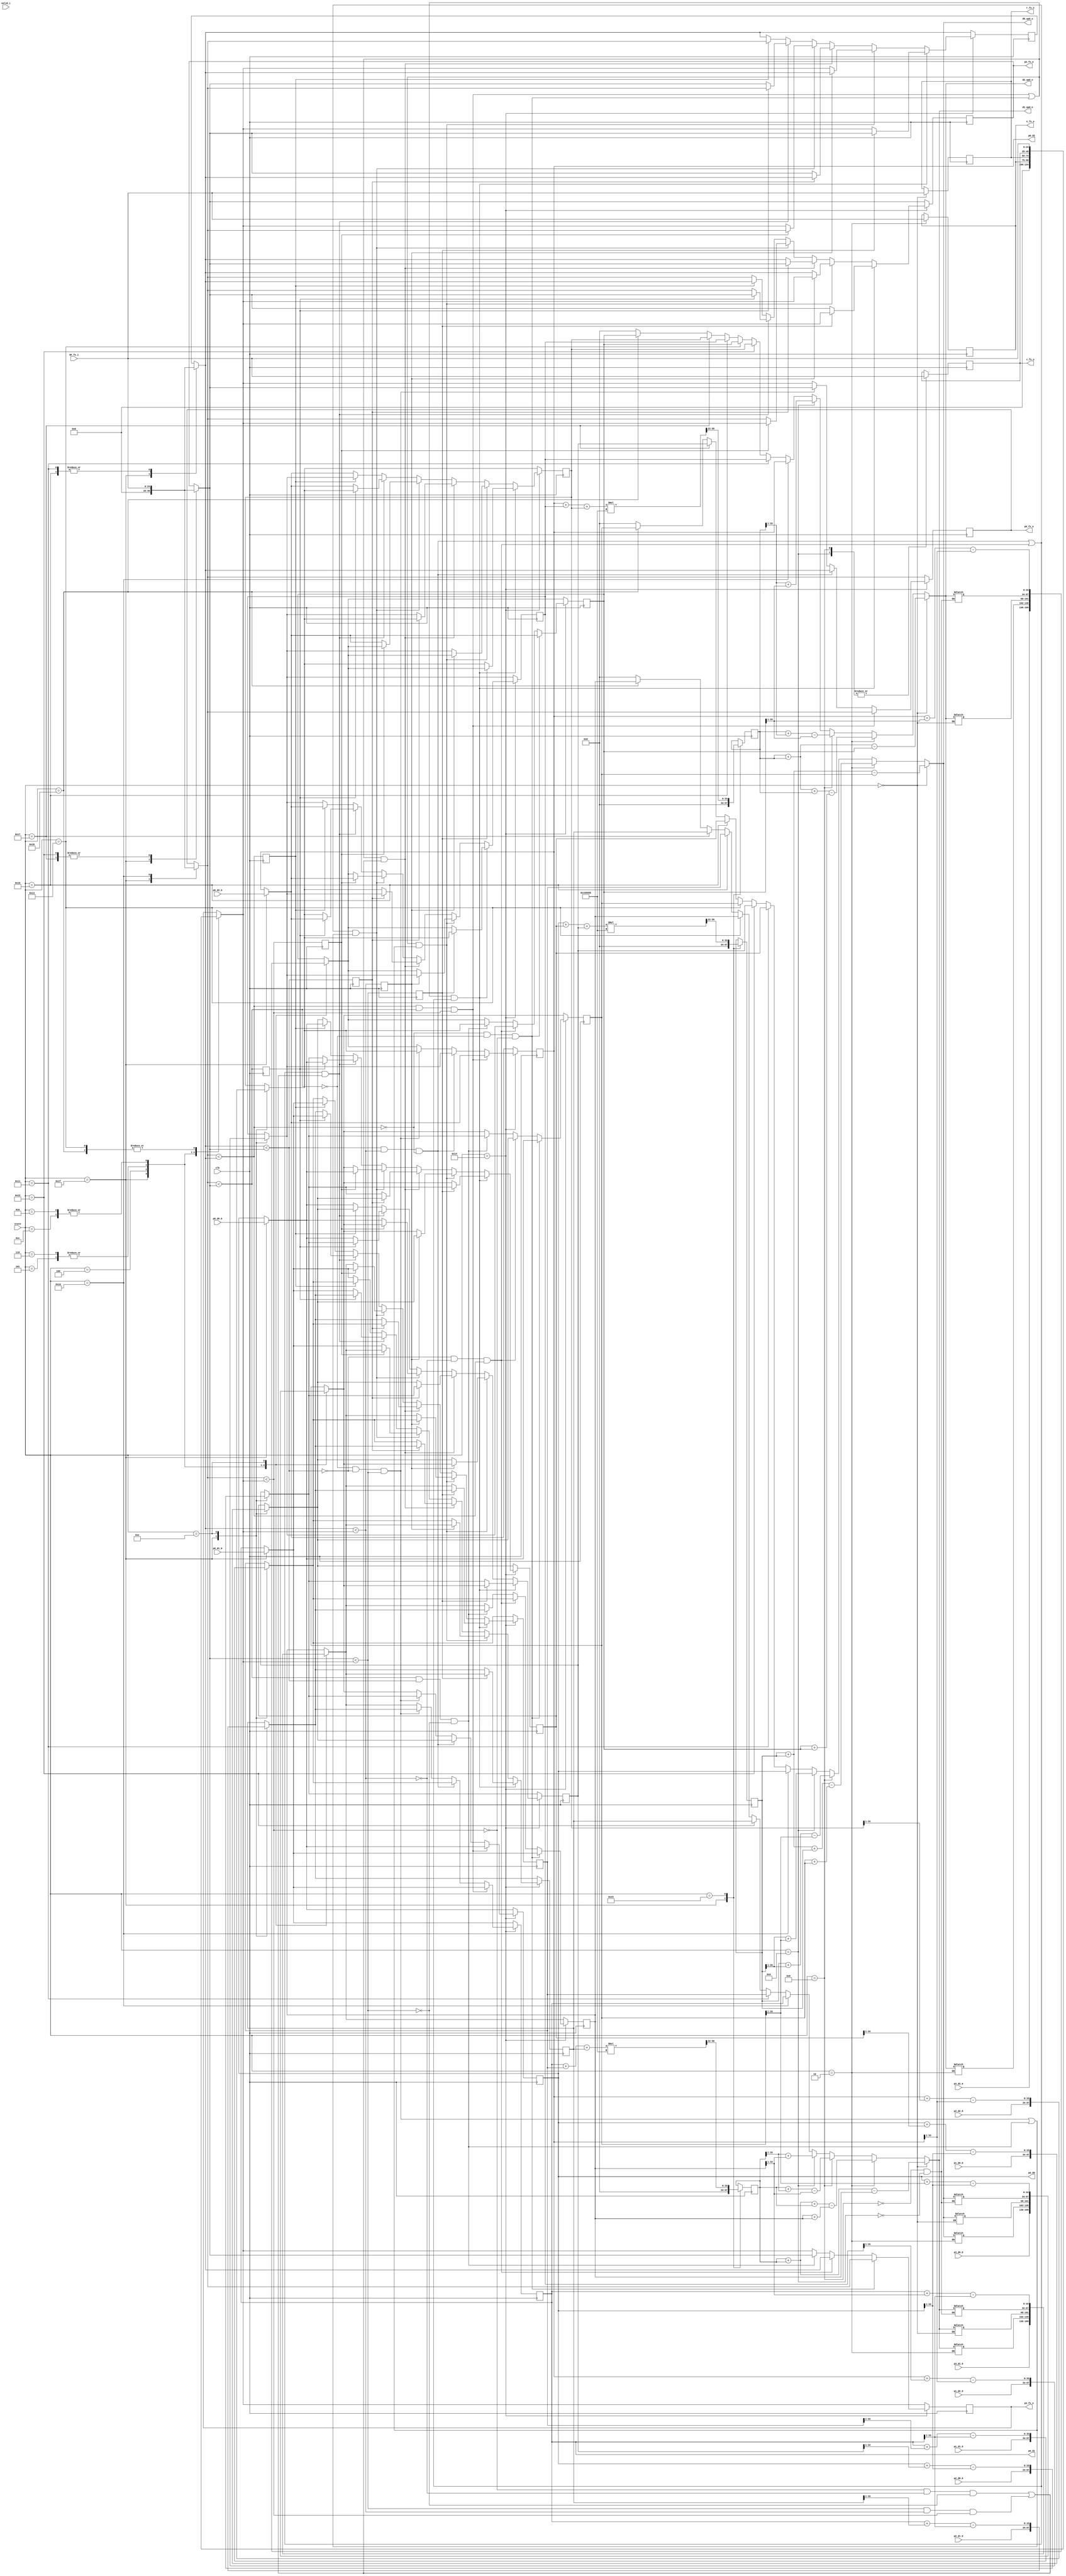
`timescale 1ns / 1ps

module machine
	#(parameter pd = 12, parameter p = 22)(
	input wire [3+p-1:0] OF_fx_i, // 3Qp
	input wire [4:0] state,
	input wire clk, valid_i,
	input wire [pd+p-1:0] p0_d0_0, p0_d1_0, p0_d2_0,
	input wire [pd+p-1:0] p1_d0_0, p1_d1_0, p1_d2_0,
	input wire [pd+p-1:0] p2_d0_0, p2_d1_0, p2_d2_0,
	input wire [pd+p-1:0] p3_d0_0, p3_d1_0, p3_d2_0,
	output wire [pd+p-1:0] d0_upd_o, d1_upd_o, d2_upd_o, // goes to OF + points (global wire) pdQp
	output reg [pd+p-1:0] p0_d0, p0_d1, p0_d2,
	output reg [p+3-1:0] r_fx_o, e_fx_o, c_fx_o, p0_fx_o, p2_fx_o, p3_fx_o // 3Qp
	);
	reg [p+3-1:0] p1_fx_o; // not actually output (makes notation less confusing)
	
	wire [pd+p-1:0] d0_upd, d1_upd, d2_upd; // updated point
	wire [pd+p-1:0] ce_d0_upd, ce_d1_upd, ce_d2_upd;
	
	// points
	reg [pd+p-1:0] r_d0, r_d1, r_d2;
	reg [pd+p-1:0] c_d0, c_d1, c_d2;
	reg [pd+p-1:0] ce_d0, ce_d1, ce_d2;
	reg [pd+p-1:0] e_d0, e_d1, e_d2;
	reg [pd+p-1:0] p1_d0, p1_d1, p1_d2;
	reg [pd+p-1:0] p2_d0, p2_d1, p2_d2;
	reg [pd+p-1:0] p3_d0, p3_d1, p3_d2;	
	
	wire [pd+p-1:0] p1_d0_shrunk, p1_d1_shrunk, p1_d2_shrunk;
	wire [pd+p-1:0] p2_d0_shrunk, p2_d1_shrunk, p2_d2_shrunk;
	wire [pd+p-1:0] p3_d0_shrunk, p3_d1_shrunk, p3_d2_shrunk;	
	
	assign gnd = {34{1'b0}};
	
	initial begin
		p0_fx_o = gnd;
		p1_fx_o = gnd;
		p2_fx_o = gnd;
		p3_fx_o = gnd;
		
		// values of initial centroid is set at state 10101 
		ce_d0 = gnd; // 0.0 
		ce_d1 = gnd; // 0.0
		ce_d2 = gnd; // 0.0
	end
	/*
	integer f;
	reg [15:0] cntr = 16'b0;
	initial begin
		f = $fopen("state_debug_v1_0.txt","w");
	end
	
	always @(posedge clk) begin
		cntr = cntr + 1;
		if (cntr == 16'b11111111_11111111)
			$fclose(f);
	end
	
	always @(state) begin
		$fwrite(f, "state: %b \n", state);
		$fwrite(f, "clk cntr: %b \n\n", cntr);
	end
	
	integer f;
	reg [15:0] cntr = 16'b0;
	initial begin
		f = $fopen("display_output_machine_v2_0.txt","w");
	end
	
	always @(posedge clk) begin
		$fwrite(f, "state: %b\n", state);
		$fwrite(f, "OF_fx_i: %b \n", OF_fx_i);
		$fwrite(f, "p_r, x: [%b, %b, %b], fx %b \n", r_d0, r_d1, r_d2, r_fx_o);
		$fwrite(f, "p_e, x: [%b, %b, %b], fx %b \n", e_d0, e_d1, e_d2, e_fx_o);
		$fwrite(f, "p_c, x: [%b, %b, %b], fx %b \n", c_d0, c_d1, c_d2, c_fx_o);
		$fwrite(f, "p_ce, x: [%b, %b, %b], fx None \n", ce_d0, ce_d1, ce_d2);
		$fwrite(f, "p0, x: [%b, %b, %b], fx %b \n", p0_d0, p0_d1, p0_d2, p0_fx_o);
		$fwrite(f, "p1, x: [%b, %b, %b], fx %b \n", p1_d0, p1_d1, p1_d2, p1_fx_o);
		$fwrite(f, "p2, x: [%b, %b, %b], fx %b \n", p2_d0, p2_d1, p2_d2, p2_fx_o);
		$fwrite(f, "p3, x: [%b, %b, %b], fx %b \n", p3_d0, p3_d1, p3_d2, p3_fx_o);
		
		case(state)
			5'b10000 : $fwrite(f, "state: %b, after valid, assign initial guess, cost(p0). Next 10001 \n", state);
			5'b10001 : $fwrite(f, "state: %b, cost(p1). Next 10010 \n", state);
			5'b10010 : $fwrite(f, "state: %b, cost(p2). Next 10011 \n", state);
			5'b10011 : $fwrite(f, "state: %b, cost(p3). Next 10100 \n", state);
			5'b10100 : $fwrite(f, "state: %b, sort simplex. Next 10101 \n", state);
			5'b10101 : $fwrite(f, "state: %b, set initial centroid. Next 00000 \n", state);
			5'b00000 : $fwrite(f, "state: %b, upd(r) + cost(r) + assign. Next r_fx < p0_fx ? 00010 : 00011 \n", state);
			5'b00010 : $fwrite(f, "state: %b, upd(e) + cost(e) + assign. Next e_fx < r_fx ? 00100 : 00101 \n", state);
			5'b00011 : $fwrite(f, "state: %b, Next r_fx < p2_fx ? 00110 : 00111 \n", state);
			5'b00100 : $fwrite(f, "state: %b, expand copy(e, p3). Next 01101 \n", state);
			5'b00101 : $fwrite(f, "state: %b, reflect 1 copy(r, p3). Next 01101 \n", state);
			5'b00110 : $fwrite(f, "state: %b, reflect 2 copy(r, p3). Next 01101 \n", state);
			5'b00111 : $fwrite(f, "state: %b, Next r_fx < p3_fx ? 01000 : 01001 \n", state);
			5'b01000 : $fwrite(f, "state: %b, upd_1(c) + cost(c) + assign. Next c_fx <= r_fx ? 01010 : 01110 \n", state);
			5'b01001 : $fwrite(f, "state: %b, upd_2(c) + cost(c) + assign. Next c_fx <= p3_fx ? 01100 : 01110 \n", state);
			5'b01010 : $fwrite(f, "state: %b, contract outside copy(c, p3). Next 01101 \n", state);
			5'b01100 : $fwrite(f, "state: %b, contract inside copy(c, p3). Next 01101 \n", state);
			5'b01110 : $fwrite(f, "state: %b, break out completely, valid = 1, shrink. Next 10000 \n", state);
			5'b01101 : $fwrite(f, "state: %b, sort simplex + transform done. Next 01111 \n", state);
		endcase
		
		$fwrite(f, "clk cycle %b \n\n", cntr);
		cntr = cntr + 1;
	end
	
	always @(cntr) begin
		//$display("cntr: %b", cntr);
		if (cntr == 16'b11111111_11111111)
			$fclose(f);
			//cntr <= 8'b0;
	end
	*/
	
	always @(*) begin
		case(state)
			5'b00000 : begin
				r_d0 <= d0_upd;
				r_d1 <= d1_upd;
				r_d2 <= d2_upd;
			end
			5'b00010 : begin
				e_d0 <= d0_upd;
				e_d1 <= d1_upd;
				e_d2 <= d2_upd;
			end
			5'b01000 : begin
				c_d0 <= d0_upd;
				c_d1 <= d1_upd;
				c_d2 <= d2_upd;
			end
			5'b01001 : begin
				c_d0 <= d0_upd;
				c_d1 <= d1_upd;
				c_d2 <= d2_upd;
			end
		endcase
	end
	
	reg c0, c1, c2, c3, c4, c5, c0_min, c1_min, c2_min, c3_min, c0_max, c1_max, c2_max, c3_max;
	
	always @(posedge clk) begin
		case(state)
			// set new initial simplex and clear values
			// other points don't need to be reset(reset on valid_i) since update() only depends on centroid and simplex
			5'b11111 : begin
				p0_d0 = p0_d0_0[34-1:(34-12)-p];
				p0_d1 = p0_d1_0[34-1:(34-12)-p];
				p0_d2 = p0_d2_0[34-1:(34-12)-p];
				p0_fx_o = gnd;

				p1_d0 = p1_d0_0[34-1:(34-12)-p];
				p1_d1 = p1_d1_0[34-1:(34-12)-p];
				p1_d2 = p1_d2_0[34-1:(34-12)-p];
				p1_fx_o = gnd;

				p2_d0 = p2_d0_0[34-1:(34-12)-p];
				p2_d1 = p2_d1_0[34-1:(34-12)-p];
				p2_d2 = p2_d2_0[34-1:(34-12)-p];
				p2_fx_o = gnd;

				p3_d0 = p3_d0_0[34-1:(34-12)-p];
				p3_d1 = p3_d1_0[34-1:(34-12)-p];
				p3_d2 = p3_d2_0[34-1:(34-12)-p];
				p3_fx_o = gnd;
				
				// centroid updated at state 10101
				ce_d0 = gnd;
				ce_d1 = gnd;
				ce_d2 = gnd;
			end
			5'b10101 : begin // update centroid after simplex sort
				ce_d0 <= ce_d0_upd;
				ce_d1 <= ce_d1_upd;
				ce_d2 <= ce_d2_upd;
			end
			5'b00100 : begin // copy operations
				p3_d0 = e_d0;
				p3_d1 = e_d1;
				p3_d2 = e_d2;
				p3_fx_o = e_fx_o;
			end
			5'b00101 : begin
				p3_d0 = r_d0;
				p3_d1 = r_d1;
				p3_d2 = r_d2;
				p3_fx_o = r_fx_o;
			end
			5'b00110 : begin
				p3_d0 = r_d0;
				p3_d1 = r_d1;
				p3_d2 = r_d2;
				p3_fx_o = r_fx_o;
			end
			5'b01100 : begin
				p3_d0 = c_d0;
				p3_d1 = c_d1;
				p3_d2 = c_d2;
				p3_fx_o = c_fx_o;
			end
			5'b01010 : begin
				p3_d0 = c_d0;
				p3_d1 = c_d1;
				p3_d2 = c_d2;
				p3_fx_o = c_fx_o;
			end // set shrunk points
			5'b01110 : begin
				p1_d0 = p1_d0_shrunk;
				p1_d1 = p1_d1_shrunk;
				p1_d2 = p1_d2_shrunk;
				
				p2_d0 = p2_d0_shrunk;
				p2_d1 = p2_d1_shrunk;
				p2_d2 = p2_d2_shrunk;
				
				p3_d0 = p3_d0_shrunk;
				p3_d1 = p3_d1_shrunk;
				p3_d2 = p3_d2_shrunk;
			end
			5'b01001 : c_fx_o = OF_fx_i; 
			5'b10000 : p0_fx_o = OF_fx_i;
			5'b10001 : p1_fx_o = OF_fx_i;
			5'b10010 : p2_fx_o = OF_fx_i;
			5'b10011 : p3_fx_o = OF_fx_i;
			5'b00000 : r_fx_o = OF_fx_i;
			5'b00010 : e_fx_o = OF_fx_i;
			5'b01000 : c_fx_o = OF_fx_i;
			5'b10110 : p1_fx_o = OF_fx_i;
			5'b10111 : p2_fx_o = OF_fx_i;
			5'b11000 : p3_fx_o = OF_fx_i;
		endcase
		
		c0 <= p0_fx_o < p1_fx_o;
		c1 <= p0_fx_o < p2_fx_o;
		c2 <= p0_fx_o < p3_fx_o;
		c3 <= p1_fx_o < p2_fx_o;
		c4 <= p1_fx_o < p3_fx_o;
		c5 <= p2_fx_o < p3_fx_o;
		c0_min = (p0_fx_o < p1_fx_o) & (p0_fx_o < p2_fx_o) & (p0_fx_o < p3_fx_o);
		c1_min = (p1_fx_o < p2_fx_o) & (p1_fx_o < p3_fx_o) & ~(p0_fx_o < p1_fx_o);
		c2_min = ~(p0_fx_o < p2_fx_o) & ~(p1_fx_o < p2_fx_o) & (p2_fx_o < p3_fx_o);
		c3_min = ~(p0_fx_o < p3_fx_o) & ~(p1_fx_o < p3_fx_o) & ~(p2_fx_o < p3_fx_o);
		c0_max = ~(p0_fx_o < p1_fx_o) & ~(p0_fx_o < p2_fx_o) & ~(p0_fx_o < p3_fx_o);
		c1_max = ~(p1_fx_o < p2_fx_o) & ~(p1_fx_o < p3_fx_o) & (p0_fx_o < p1_fx_o);
		c2_max = (p0_fx_o < p2_fx_o) & (p1_fx_o < p2_fx_o) & ~(p2_fx_o < p3_fx_o);
		c3_max = (p2_fx_o < p3_fx_o) & (p1_fx_o < p3_fx_o) & (p0_fx_o < p3_fx_o);
		
		// Sorts simplex. Refer to python script (sort_test.py)
		if (state == 5'b10100) begin // or swap state... TODO simplify if else with tt expr
			// set first spot, smallest value
			if (c0_min) begin // TODO add coords too.. done
				p0_fx_o <= p0_fx_o;
				p0_d0 <= p0_d0;
				p0_d1 <= p0_d1;
				p0_d2 <= p0_d2;
			end else if (c1_min) begin
				p0_fx_o <= p1_fx_o;
				p0_d0 <= p1_d0;
				p0_d1 <= p1_d1;
				p0_d2 <= p1_d2;
			end else if (c2_min) begin
				p0_fx_o <= p2_fx_o;
				p0_d0 <= p2_d0;
				p0_d1 <= p2_d1;
				p0_d2 <= p2_d2;
			end else begin // (c3_min):
				p0_fx_o <= p3_fx_o;
				p0_d0 <= p3_d0;
				p0_d1 <= p3_d1;
				p0_d2 <= p3_d2;
			end
				
			// set last spot, largest value
			if (c0_max) begin
				p3_fx_o <= p0_fx_o;
				p3_d0 <= p0_d0;
				p3_d1 <= p0_d1;
				p3_d2 <= p0_d2;
			end else if (c1_max) begin
				p3_fx_o <= p1_fx_o;
				p3_d0 <= p1_d0;
				p3_d1 <= p1_d1;
				p3_d2 <= p1_d2;
			end else if (c2_max) begin
				p3_fx_o <= p2_fx_o;
				p3_d0 <= p2_d0;
				p3_d1 <= p2_d1;
				p3_d2 <= p2_d2;
			end else begin // (c3_max)
				p3_fx_o <= p3_fx_o;
				p3_d0 <= p3_d0;
				p3_d1 <= p3_d1;
				p3_d2 <= p3_d2;
			end
			
			// set p1_fx_o, p2_fx_o; middle spots
			// case where p0_fx_o and p1_fx_o are already placed
			if ((c0_min | c0_max) & (c1_min | c1_max)) begin  
				if ((c5)) begin
					p1_fx_o <= p2_fx_o;
					p1_d0 <= p2_d0;
					p1_d1 <= p2_d1;
					p1_d2 <= p2_d2;
					p2_fx_o <= p3_fx_o;
					p2_d0 <= p3_d0;
					p2_d1 <= p3_d1;
					p2_d2 <= p3_d2;
				end else begin
					p1_fx_o <= p3_fx_o;
					p1_d0 <= p3_d0;
					p1_d1 <= p3_d1;
					p1_d2 <= p3_d2;
					p2_fx_o <= p2_fx_o;
					p2_d0 <= p2_d0;
					p2_d1 <= p2_d1;
					p2_d2 <= p2_d2;
				end
			// case where p0_fx_o and p2_fx_o are already placed
			end else if ((c0_min | c0_max) & (c2_min | c2_max)) begin  
				if (c4) begin
					p1_fx_o <= p1_fx_o;
					p1_d0 <= p1_d0;
					p1_d1 <= p1_d1;
					p1_d2 <= p1_d2;
					p2_fx_o <= p3_fx_o;
					p2_d0 <= p3_d0;
					p2_d1 <= p3_d1;
					p2_d2 <= p3_d2;
				end else begin
					p1_fx_o <= p3_fx_o;
					p1_d0 <= p3_d0;
					p1_d1 <= p3_d1;
					p1_d2 <= p3_d2;
					p2_fx_o <= p1_fx_o;
					p2_d0 <= p1_d0;
					p2_d1 <= p1_d1;
					p2_d2 <= p1_d2;
				end
			// case where p1_fx_o and p2_fx_o are already placed
			end else if ((c0_min | c0_max) & (c3_min | c3_max)) begin  
				if (c3) begin
					p1_fx_o <= p1_fx_o;
					p1_d0 <= p1_d0;
					p1_d1 <= p1_d1;
					p1_d2 <= p1_d2;
					p2_fx_o <= p2_fx_o;
					p2_d0 <= p2_d0;
					p2_d1 <= p2_d1;
					p2_d2 <= p2_d2;
				end else begin
					p1_fx_o <= p2_fx_o;
					p1_d0 <= p2_d0;
					p1_d1 <= p2_d1;
					p1_d2 <= p2_d2;
					p2_fx_o <= p1_fx_o;
					p2_d0 <= p1_d0;
					p2_d1 <= p1_d1;
					p2_d2 <= p1_d2;
				end 
			// case where p1_fx_o and p2_fx_o are already placed;
			end else if ((c1_min | c1_max) & (c2_min | c2_max)) begin  
				if (c2) begin
					p1_fx_o <= p0_fx_o;
					p1_d0 <= p0_d0;
					p1_d1 <= p0_d1;
					p1_d2 <= p0_d2;
					p2_fx_o <= p3_fx_o;
					p2_d0 <= p3_d0;
					p2_d1 <= p3_d1;
					p2_d2 <= p3_d2;
				end else begin
					p1_fx_o <= p3_fx_o;
					p1_d0 <= p3_d0;
					p1_d1 <= p3_d1;
					p1_d2 <= p3_d2;
					p2_fx_o <= p0_fx_o;
					p2_d0 <= p0_d0;
					p2_d1 <= p0_d1;
					p2_d2 <= p0_d2;
				end
			// case where p1_fx_o and p3_fx_o are already placed
			end else if ((c1_min | c1_max) & (c3_min | c3_max)) begin  
				if (c1) begin
					p1_fx_o <= p0_fx_o;
					p1_d0 <= p0_d0;
					p1_d1 <= p0_d1;
					p1_d2 <= p0_d2;
					p2_fx_o <= p2_fx_o;
					p2_d0 <= p2_d0;
					p2_d1 <= p2_d1;
					p2_d2 <= p2_d2;
				end else begin
					p1_fx_o <= p2_fx_o;
					p1_d0 <= p2_d0;
					p1_d1 <= p2_d1;
					p1_d2 <= p2_d2;
					p2_fx_o <= p0_fx_o;
					p2_d0 <= p0_d0;
					p2_d1 <= p0_d1;
					p2_d2 <= p0_d2;
				end
			// (c2_min or c2_max) and (c3_min or c3_max):  # case where  p2_fx_o and p3_fx_o are already placed
			end else begin
				if (c0) begin
					p1_fx_o <= p0_fx_o;
					p1_d0 <= p0_d0;
					p1_d1 <= p0_d1;
					p1_d2 <= p0_d2;
					p2_fx_o <= p1_fx_o;
					p2_d0 <= p1_d0;
					p2_d1 <= p1_d1;
					p2_d2 <= p1_d2;
				end else begin
					p1_fx_o <= p1_fx_o;
					p1_d0 <= p1_d0;
					p1_d1 <= p1_d1;
					p1_d2 <= p1_d2;
					p2_fx_o <= p0_fx_o;
					p2_d0 <= p0_d0;
					p2_d1 <= p0_d1;
					p2_d2 <= p0_d2;
				end
			end
		end else begin
			p0_d0 = p0_d0;
			p0_d1 = p0_d1;
			p0_d2 = p0_d2;
			p0_fx_o = p0_fx_o;

			p1_d0 = p1_d0;
			p1_d1 = p1_d1;
			p1_d2 = p1_d2;
			p1_fx_o = p1_fx_o;

			p2_d0 = p2_d0;
			p2_d1 = p2_d1;
			p2_d2 = p2_d2;
			p2_fx_o = p2_fx_o;
			
			p3_d0 = p3_d0;
			p3_d1 = p3_d1;
			p3_d2 = p3_d2;
			p3_fx_o = p3_fx_o;
			
			ce_d0 = ce_d0;
			ce_d1 = ce_d1;
			ce_d2 = ce_d2;
		end
	end

    // upd_pnt: (1+lambda)*ce - lambda*p3
	// TODO fix states done v1
	assign d0_upd = (state == 5'b00000) ? (ce_d0 + ce_d0) - p3_d0 : // updated r , (1+1)*ce - 1*p3 (lambda=1)
					(state == 5'b00010) ? (ce_d0 + ce_d0 + ce_d0) - (p3_d0 + p3_d0) : // updated e (1+2)*ce - 2*p3 (lambda=2)
					(state == 5'b01000) ? ce_d0 + (ce_d0 >> 1) - (p3_d0 >> 1) : // updated c 1 (1+0.5)*ce - 0.5*p3 (lambda=0.5)
					(state == 5'b01001) ? (ce_d0 >> 1) + (p3_d0 >> 1) : // updated c 2 (1-0.5)*ce + 0.5*p3 (lambda=-0.5)
					(state == 5'b10000) ? p0_d0 :
					(state == 5'b10001) ? p1_d0 :
					(state == 5'b10010) ? p2_d0 :
					(state == 5'b10011) ? p3_d0 :
					(state == 5'b10110) ? p1_d0 :
					(state == 5'b10111) ? p2_d0 :
					(state == 5'b11000) ? p3_d0 :
					{pd+p{1'b0}};
	assign d1_upd = (state == 5'b00000) ? (ce_d1 + ce_d1) - p3_d1 : // updated r
					(state == 5'b00010) ? (ce_d1 + ce_d1 + ce_d1) - (p3_d1 + p3_d1) : // updated e
					(state == 5'b01000) ? ce_d1 + (ce_d1 >> 1) - (p3_d1 >> 1) : // updated c 1
					(state == 5'b01001) ? (ce_d1 >> 1) + (p3_d1 >> 1) : // updated c 2
					(state == 5'b10000) ? p0_d1 :
					(state == 5'b10001) ? p1_d1 :
					(state == 5'b10010) ? p2_d1 :
					(state == 5'b10011) ? p3_d1 :
					(state == 5'b10110) ? p1_d1 :
					(state == 5'b10111) ? p2_d1 :
					(state == 5'b11000) ? p3_d1 :
					{pd+p{1'b0}};
	assign d2_upd = (state == 5'b00000) ? (ce_d2 + ce_d2) - p3_d2 : // updated r
					(state == 5'b00010) ? (ce_d2 + ce_d2 + ce_d2) - (p3_d2 + p3_d2) : // updated e
					(state == 5'b01000) ? ce_d2 + (ce_d2 >> 1) - (p3_d2 >> 1) : // updated c 1
					(state == 5'b01001) ? (ce_d2 >> 1) + (p3_d2 >> 1) : // updated c 2
					(state == 5'b10000) ? p0_d2 :
					(state == 5'b10001) ? p1_d2 :
					(state == 5'b10010) ? p2_d2 :
					(state == 5'b10011) ? p3_d2 :
					(state == 5'b10110) ? p1_d2 :
					(state == 5'b10111) ? p2_d2 :
					(state == 5'b11000) ? p3_d2 :
					{pd+p{1'b0}};
	
    assign d0_upd_o = d0_upd; // TODO fix/check lengths this needs two steps. Done v1
    assign d1_upd_o = d1_upd;
    assign d2_upd_o = d2_upd;
	
	// centroid update
	wire [22-1:0] recip_3;
	assign recip_3 = 22'b0101010101010101010101; // 1/3 0Q22
	
	wire [p-1:0] recip_3_p;
	assign recip_3_p = recip_3[22-1:22-p];
	
	wire [pd+p+2-1:0] d0_sum, d1_sum, d2_sum; // sum of d0 + d1 + d2  (pd+2)Qp, 2 additions
	
	wire [pd+p+2+p-1:0] m0_tmp, m1_tmp, m2_tmp; // d0_sum * recip_3_p
		
	assign d0_sum = (p0_d0 + p1_d0 + p2_d0);
	assign d1_sum = (p0_d1 + p1_d1 + p2_d1);
	assign d2_sum = (p0_d2 + p1_d2 + p2_d2);
	
	assign m0_tmp = d0_sum * recip_3_p; // pd+2Q(2*p)
	assign m1_tmp = d1_sum * recip_3_p;
	assign m2_tmp = d2_sum * recip_3_p;
	
	assign ce_d0_upd = m0_tmp[pd+p+p:p]; // TODO might be wrong v1 should be 12Q17 out. Seems OK. Done
	assign ce_d1_upd = m1_tmp[pd+p+p:p];
	assign ce_d2_upd = m2_tmp[pd+p+p:p];
	
	// shrunk simplex
	assign p1_d0_shrunk = p0_d0 + (p1_d0 >> 1) - (p0_d0 >> 1);
	assign p1_d1_shrunk = p0_d1 + (p1_d1 >> 1) - (p0_d1 >> 1);
	assign p1_d2_shrunk = p0_d2 + (p1_d2 >> 1) - (p0_d2 >> 1);
	
	assign p2_d0_shrunk = p0_d0 + (p2_d0 >> 1) - (p0_d0 >> 1);
	assign p2_d1_shrunk = p0_d1 + (p2_d1 >> 1) - (p0_d1 >> 1);
	assign p2_d2_shrunk = p0_d2 + (p2_d2 >> 1) - (p0_d2 >> 1);
	
	assign p3_d0_shrunk = p0_d0 + (p3_d0 >> 1) - (p0_d0 >> 1);
	assign p3_d1_shrunk = p0_d1 + (p3_d1 >> 1) - (p0_d1 >> 1);
	assign p3_d2_shrunk = p0_d2 + (p3_d2 >> 1) - (p0_d2 >> 1);
	
	
endmodule